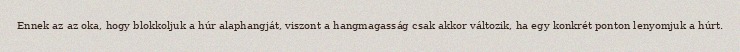
Ennek az az oka, hogy blokkoljuk a húr alaphangját, viszont a hangmagasság csak akkor változik, ha egy konkrét ponton lenyomjuk a húrt.